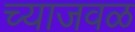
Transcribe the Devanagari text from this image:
च्याजवळ